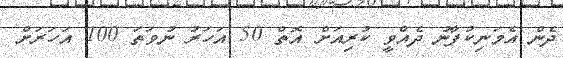
ދެން އެމަނިކުފާނު ދެއްވީ ކުރިއަށް އޮތް 50 އަހަރު ނުވަތަ 100 އަހަރަށް